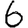
Digit: 6